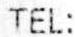
TEL: